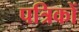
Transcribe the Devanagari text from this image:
पत्रिकों